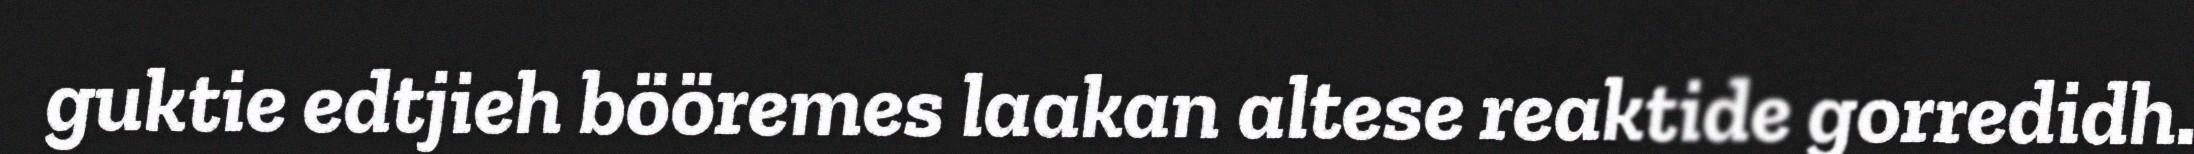
guktie edtjieh bööremes laakan altese reaktide gorredidh.